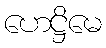
ဟေဋ္ဌိမေ